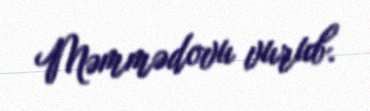
Məmmədovu vurub.